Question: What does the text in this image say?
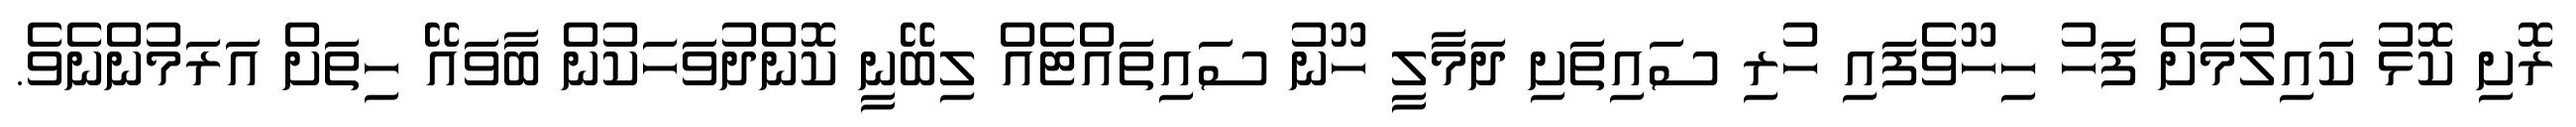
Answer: ރޮށި ކޮޅު ކައިލުމަށް ފަހު ހިހޫވެފައި ހުރި ސައިތަށި ދަމާލީ ހޫނު ސައިތައްޓެއް ލިބޭނީ ކޮންދުވަހަކުން ބާވައޭ ހިތަށް އަރަމުންނެވެ.